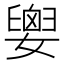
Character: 𡢗